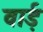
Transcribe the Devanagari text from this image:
वार्ड़